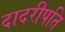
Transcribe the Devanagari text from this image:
दादरीपति